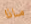
ماذا